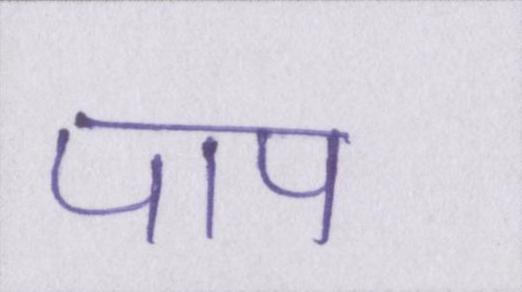
पाप